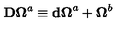
\mathbf { D \Omega } ^ { a } \equiv \mathbf { d \Omega } ^ { a } + \mathbf { \Omega } ^ { b }